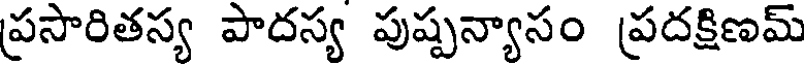
ప్రసారితస్య పాదస్య పుష్పన్యాసం ప్రదక్షిణమ్